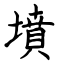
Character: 墳